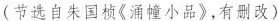
(节选自朱国桢《涌幢小品》，有删改)